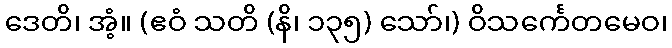
ဒေတိ၊ အံ့။ (ဧဝံ သတိ (နိ၊ ၁၃၅) သော်၊) ဝိသင်္ကေတမေဝ၊